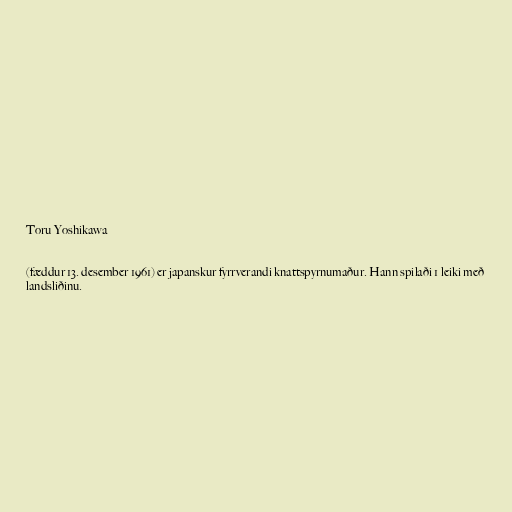
Toru Yoshikawa

(fæddur 13. desember 1961) er japanskur fyrrverandi knattspyrnumaður. Hann spilaði 1 leiki með
landsliðinu.